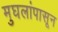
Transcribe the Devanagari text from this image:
मुघलांपासून